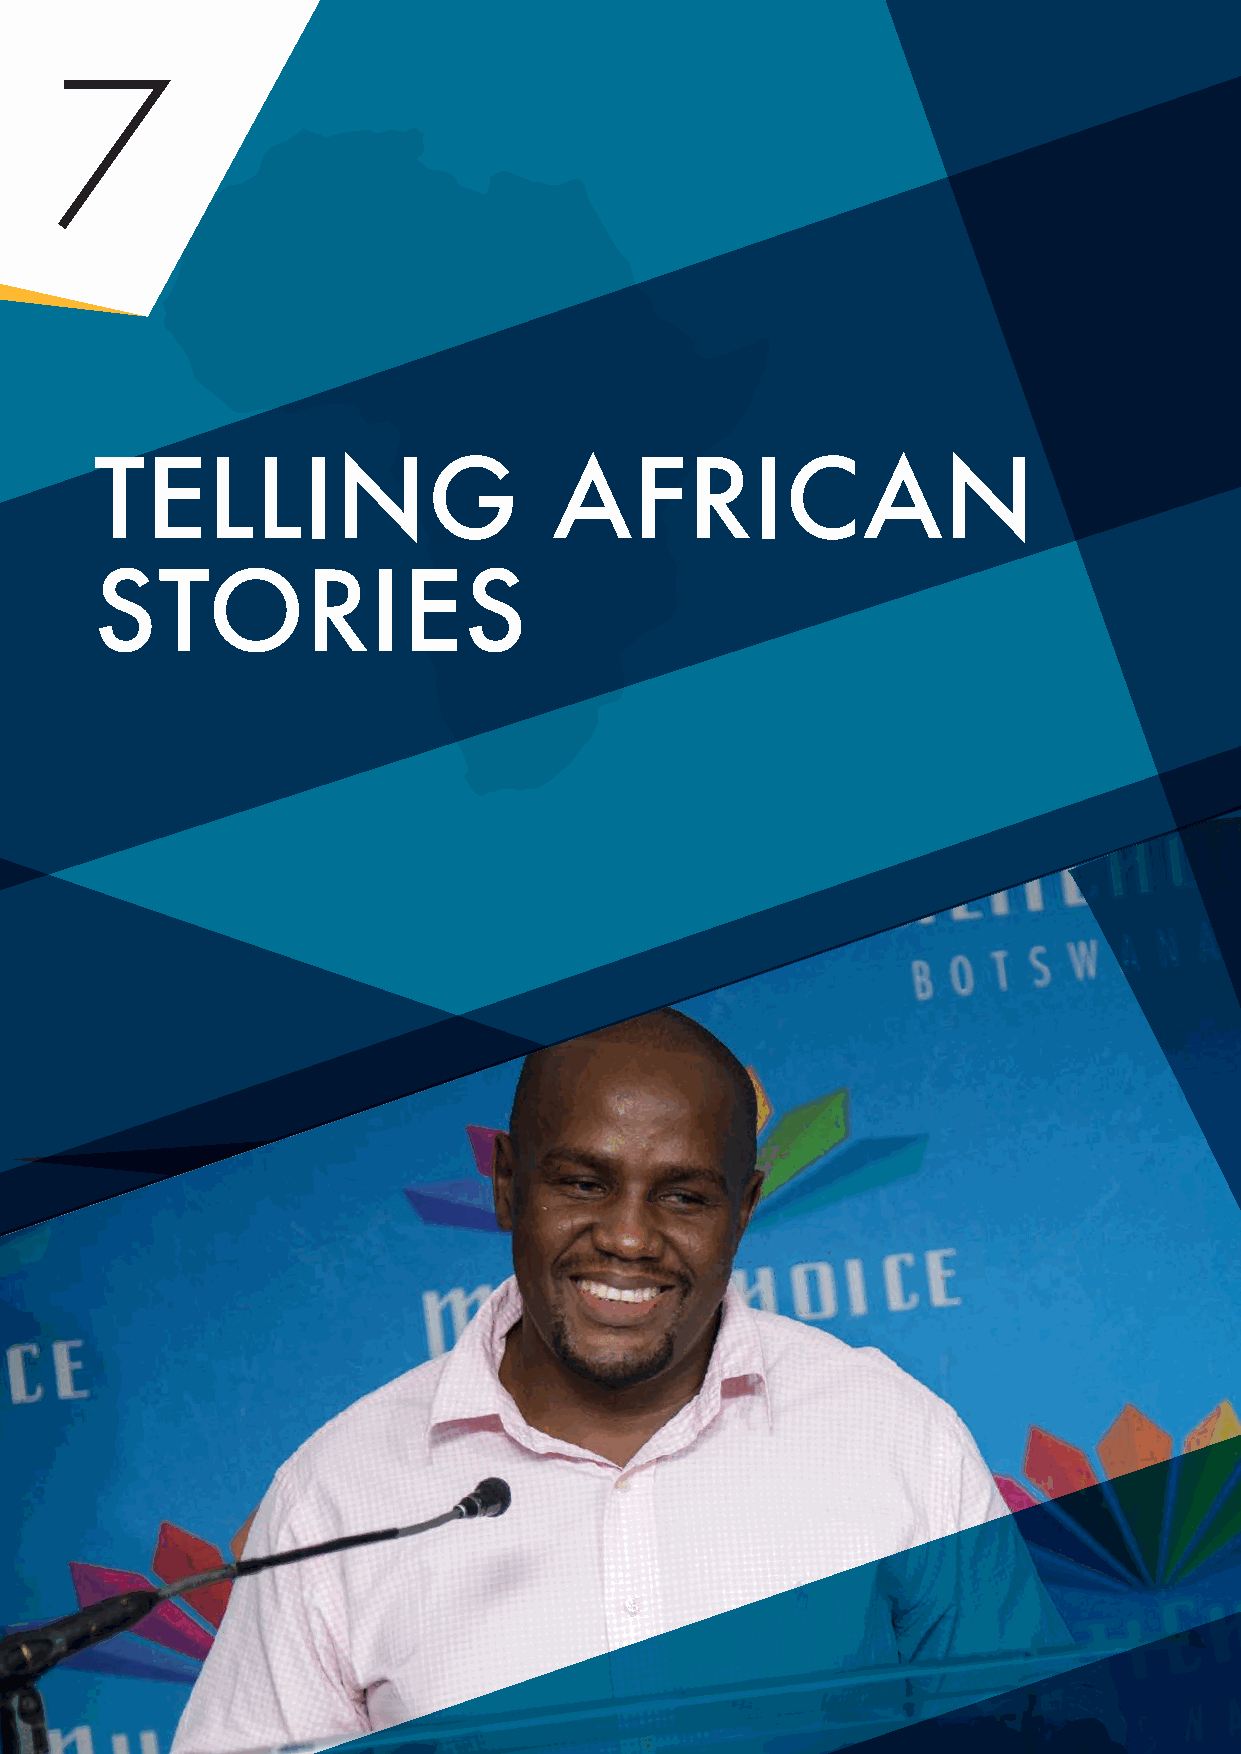
7
 TELLING                        AFRICAN
 STORIES